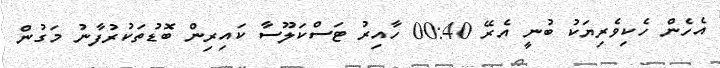
އެހެން ހެކިވެރިޔަކު ބުނީ އެރޭ 00:40 ހާއިރު ޓަސްކަލޫސާ ކައިރިން ބޮޑުތަކުރުފާނު މަގުން